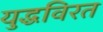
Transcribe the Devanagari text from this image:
युद्धविरत